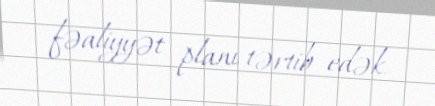
fəaliyyət planı tərtib edək.